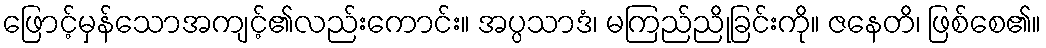
ဖြောင့်မှန်သောအကျင့်၏လည်းကောင်း။ အပ္ပသာဒံ၊ မကြည်ညိုခြင်းကို။ ဇနေတိ၊ ဖြစ်စေ၏။